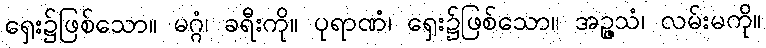
ရှေး၌ဖြစ်သော။ မဂ္ဂံ၊ ခရီးကို။ ပုရာဏံ၊ ရှေး၌ဖြစ်သော။ အဉ္ဇသံ၊ လမ်းမကို။